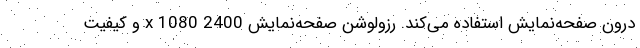
درون صفحه‌نمایش استفاده می‌کند. رزولوشن صفحه‌نمایش 2400 x 1080 و کیفیت